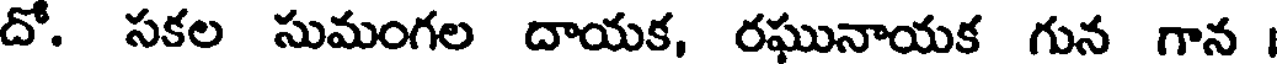
దో. సకల సుమంగల దాయక, రఘునాయక గున గాన